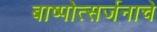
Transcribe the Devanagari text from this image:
बाष्पोत्सर्जनाचे